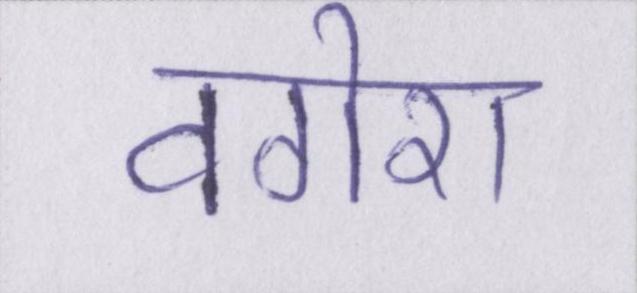
वगेरा